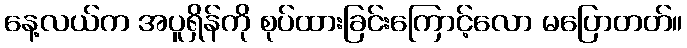
နေ့လယ်က အပူရှိန်ကို စုပ်ထားခြင်းကြောင့်လော မပြောတတ်။